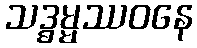
သဒ္ဓမ္မဿဝနေ